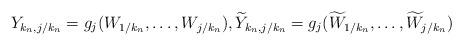
LaTeX: \begin{align*}Y_{k_n, j/k_n}=g_j( W_{1/k_n}, \ldots, W_{j/k_n}),\widetilde Y_{k_n, j/k_n}=g_j( \widetilde W_{1/k_n}, \ldots,\widetilde W_{j/k_n})\end{align*}